Annual report on the Civil Veterinary Department, Burma (including the Insein Veterinary School) - 1932-1941
Year: 1932
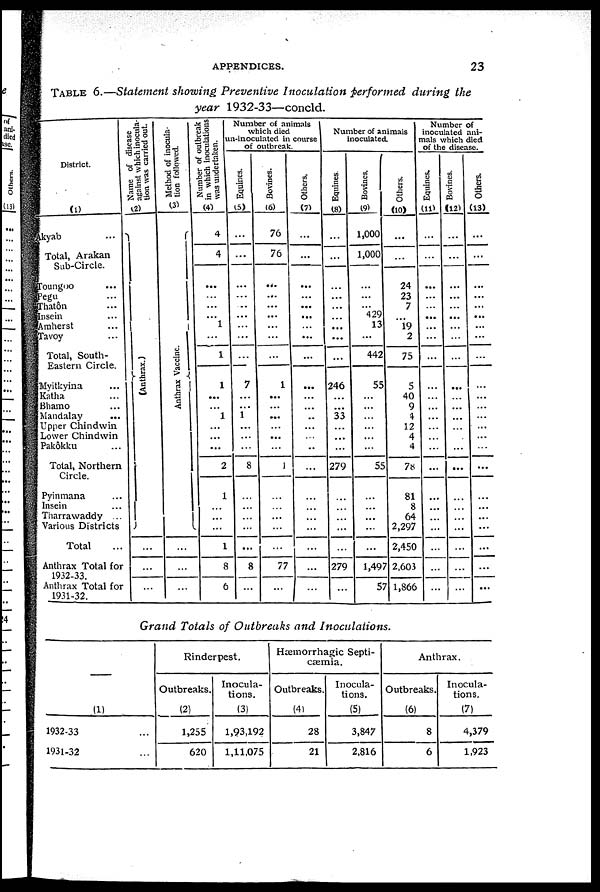
APPENDICES.
23
TABLE 6.—Statement showing Preventive Inoculation performed during the
year 1932-33—concld.
District.
(1)
kyab ...
Total, Arakan
Sub-Circle.
Toungoo ...
Pegu ...
Thatôn ...
Insein ...
Amherst ...
Tavoy ...
Total, South-
Eastern Circle.
Myitkyina ...
Katha ...
Bhamo ...
Mandalay
...
Upper Chindwin
Lower Chindwin
Pakôkku ...
Total, Northern
Circle.
Pyinmana ...
Insein ...
Tharrawaddy ..
Various Districts
Total
Anthrax Total for
1932-33.
Anthrax Total for
1931-32.
Name of disease
against which inocula-
tion, was carried out.
(2)
(Anthrax.)
...
...
...
Method of inocula-
tion followed.
(3)
Anthrax Vaccine.
...
...
...
Number of outbreak
in which inoculations
was undertaken.
(4)
4
4
...
...
...
...
1
...
1
1
...
...
1
...
...
...
2
1
...
...
...
1
8
6
Number of animals
which died
un-inoculated in course
of outbreak.
Equines.
(5)
...
...
...
...
..
...
...
...
...
7
...
...
1
...
...
...
8
...
...
...
...
...
8
...
Bovines.
(6)
76
76
...
...
...
...
...
...
...
1
...
...
...
...
...
...
1
...
...
...
...
...
77
...
Others.
(7)
...
...
...
...
...
...
...
...
...
...
...
..
...
...
...
...
...
...
...
...
...
...
...
Number of animals
inoculated.
Equines
(8)
...
...
...
...
...
...
...
...
...
246
...
...
33
...
...
...
279
...
...
...
...
...
279
...
Bovines,
(9)
1,000
1,000
...
...
... 429
13
...
442
55
...
...
...
...
...
...
55
...
...
...
...
...
1,497
57
Others.
(10)
...
...
24
23
7
...
19
2
75
5
40
9
4
12
4
4
78
81
8
64
2,297
2,450
2,603
1,866
Number of
inoculated ani-
mals which died
of the disease.
Equines.
(11)
...
...
...
...
...
...
...
...
...
...
...
...
...
...
...
...
...
...
...
...
...
...
...
...
Bovines.
(12)
...
...
...
...
...
...
...
...
...
...
...
...
...
...
...
...
...
...
...
...
...
...
...
...
Others.
(13)
...
...
...
...
...
...
...
...
...
...
...
...
...
...
...
...
...
...
...
...
...
...
...
...
Grand Totals of Outbreaks and
Inoculations.
(1)
1932-33 ...
1931-32 ...
Rinderpest.
Outbreaks.
(2)
1,255
620
Inocula-
tions.
(3)
1,93,192
1,11,075
Hæmorrhagic Septi-
cæmia.
Outbreaks.
(41
28
21
Inocula-
tions.
(5)
3,847
2,816
Anthrax.
Outbreaks.
(6)
8
6
Inocula-
tions.
(7)
4,379
1,923